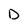
Character: D